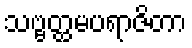
သဗ္ဗတ္ထမပရာဇိတာ